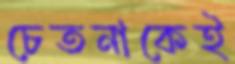
চেতনাকেই